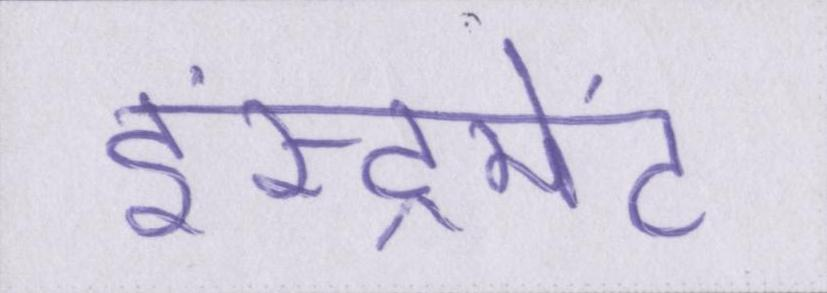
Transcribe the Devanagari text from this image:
इंस्ट्रूमेंट